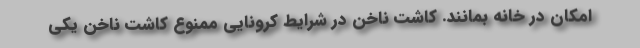
امکان در خانه بمانند. کاشت ناخن در شرایط کرونایی ممنوع کاشت ناخن یکی